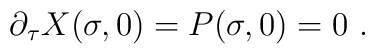
\partial_{\tau}X(\sigma,0)=P(\sigma,0)=0 \ .